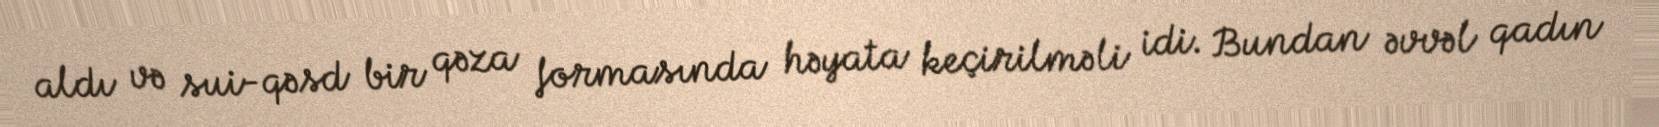
aldı və sui-qəsd bir qəza formasında həyata keçirilməli idi. Bundan əvvəl qadın